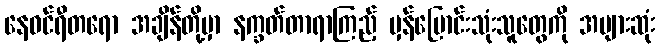
နေဝင်ရီတရော အချိန်တို့မှာ နက္ခတ်တာရာကြည့် မှန်ပြောင်းသုံးသူတွေကို အများဆုံး